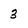
Character: 3